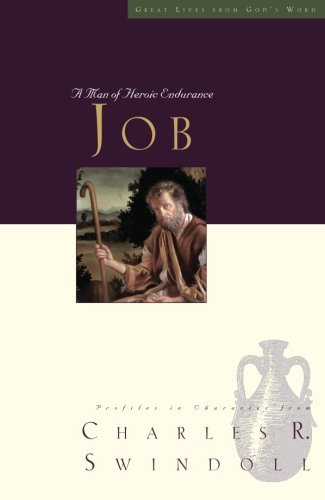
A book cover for Great Lives: Job: A Man of Heroic Endurance (Great Lives (Thomas Nelson)); Charles R. Swindoll; Christian Books & Bibles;